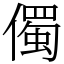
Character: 㒔